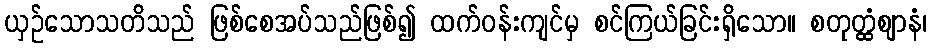
ယှဉ်သောသတိသည် ဖြစ်စေအပ်သည်ဖြစ်၍ ထက်ဝန်းကျင်မှ စင်ကြယ်ခြင်းရှိသော။ စတုတ္ထံဈာနံ၊